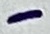
Text: -